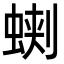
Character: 𧌥